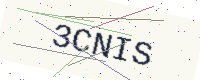
Text: 3CNIS